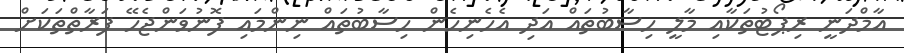
އާމްދަނީ ރިޕޯޓުތަކާއި މާލީ ހިސާބުތައް އަދި އެހެނިހެން ހިސާބުތައް ނިންމައި ފޮނުވަންޖެހޭ ފަރާތްތަކަށް